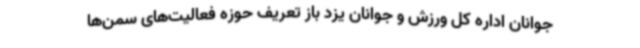
جوانان اداره کل ورزش و جوانان یزد باز تعریف حوزه فعالیت‌های سمن‌ها